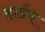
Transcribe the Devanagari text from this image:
हार्डप